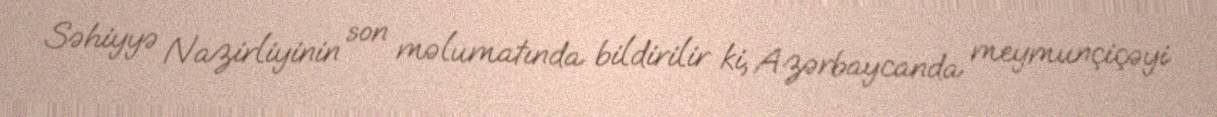
Səhiyyə Nazirliyinin son məlumatında bildirilir ki, Azərbaycanda meymunçiçəyi